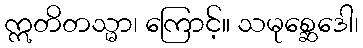
ဣတိတသ္မာ၊ ကြောင့်။ သမုစ္ဆေဒေါ၊